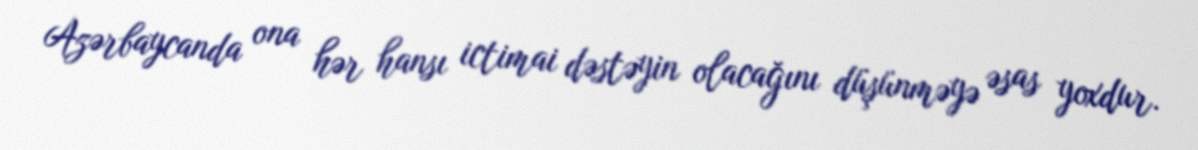
Azərbaycanda ona hər hansı ictimai dəstəyin olacağını düşünməyə əsas yoxdur.